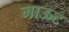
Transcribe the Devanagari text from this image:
माऊट